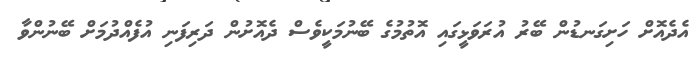
އެދެއޮށް ހަށިގަނޑުން ބޭރު އުރަވަޅީގައި އޮތުމުގެ ބޭނުމަކީވެސް ދެއޮށުން ދަރިފަނި އުފެއްދުމަށް ބޭނުންވާ